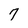
Character: 7